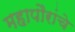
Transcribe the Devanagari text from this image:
महापौरांचे